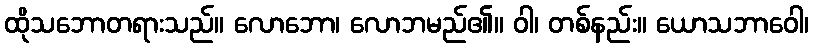
ထိုသဘောတရားသည်။ လောဘော၊ လောဘမည်၏။ ဝါ၊ တစ်နည်း။ ယောသဘာဝေါ၊